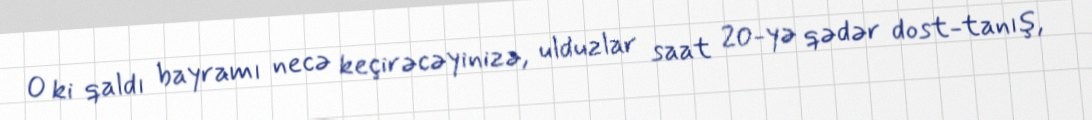
O ki qaldı bayramı necə keçirəcəyinizə, ulduzlar saat 20-yə qədər dost-tanış,